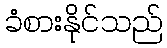
ခံစားနိုင်သည်